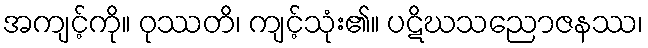
အကျင့်ကို။ ဝုဿတိ၊ ကျင့်သုံး၏။ ပဋိဃသညောဇနဿ၊